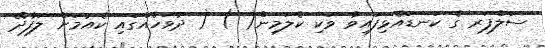
ސަލްފަރ ގެ ކަނޑައެޅިފައިވާ ވަކި ކެލަމިން( ) ( ދުވަހެއްގައި ކެއުމަށް ލަފާދޭ